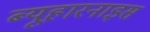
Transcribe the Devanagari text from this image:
ब्यूहारनाइस